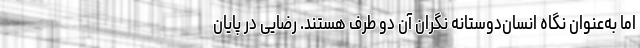
اما به‌عنوان نگاه انسان‌دوستانه نگران آن دو طرف هستند. رضایی در پایان